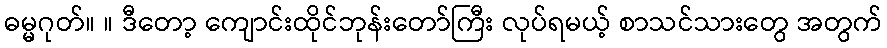
ဓမ္မဂုတ်။ ။ ဒီတော့ ကျောင်းထိုင်ဘုန်းတော်ကြီး လုပ်ရမယ့် စာသင်သားတွေ အတွက်